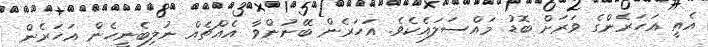
އެއީ އަހަރެންގެ ވަރަށް ބޮޑު މައްސަލައެކެވެ. އަހަރެން ބޭނުންވާ އެއްޗެއް ނުލިބެނީހެން އަހަރެން